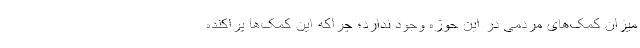
میزان کمک‌های مردمی در این حوزه وجود ندارد؛ چراکه این کمک‌ها پراکنده